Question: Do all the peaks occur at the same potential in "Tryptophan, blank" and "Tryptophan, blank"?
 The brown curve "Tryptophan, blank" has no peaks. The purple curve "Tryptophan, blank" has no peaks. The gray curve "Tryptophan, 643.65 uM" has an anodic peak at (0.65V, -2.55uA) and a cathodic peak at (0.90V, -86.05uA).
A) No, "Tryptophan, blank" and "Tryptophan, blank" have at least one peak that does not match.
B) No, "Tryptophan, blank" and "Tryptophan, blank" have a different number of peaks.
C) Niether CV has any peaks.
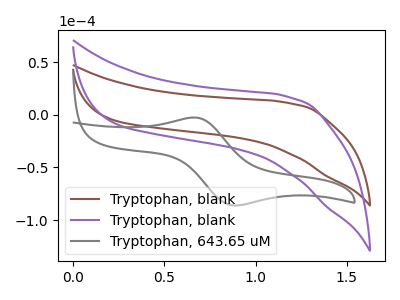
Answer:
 <answer>C) Niether CV has any peaks.</answer>
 <eval>C</eval>